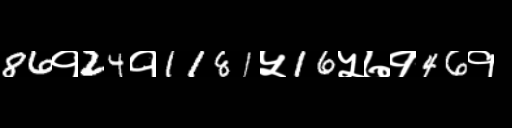
Text: 86१24१1181५16५७१46१